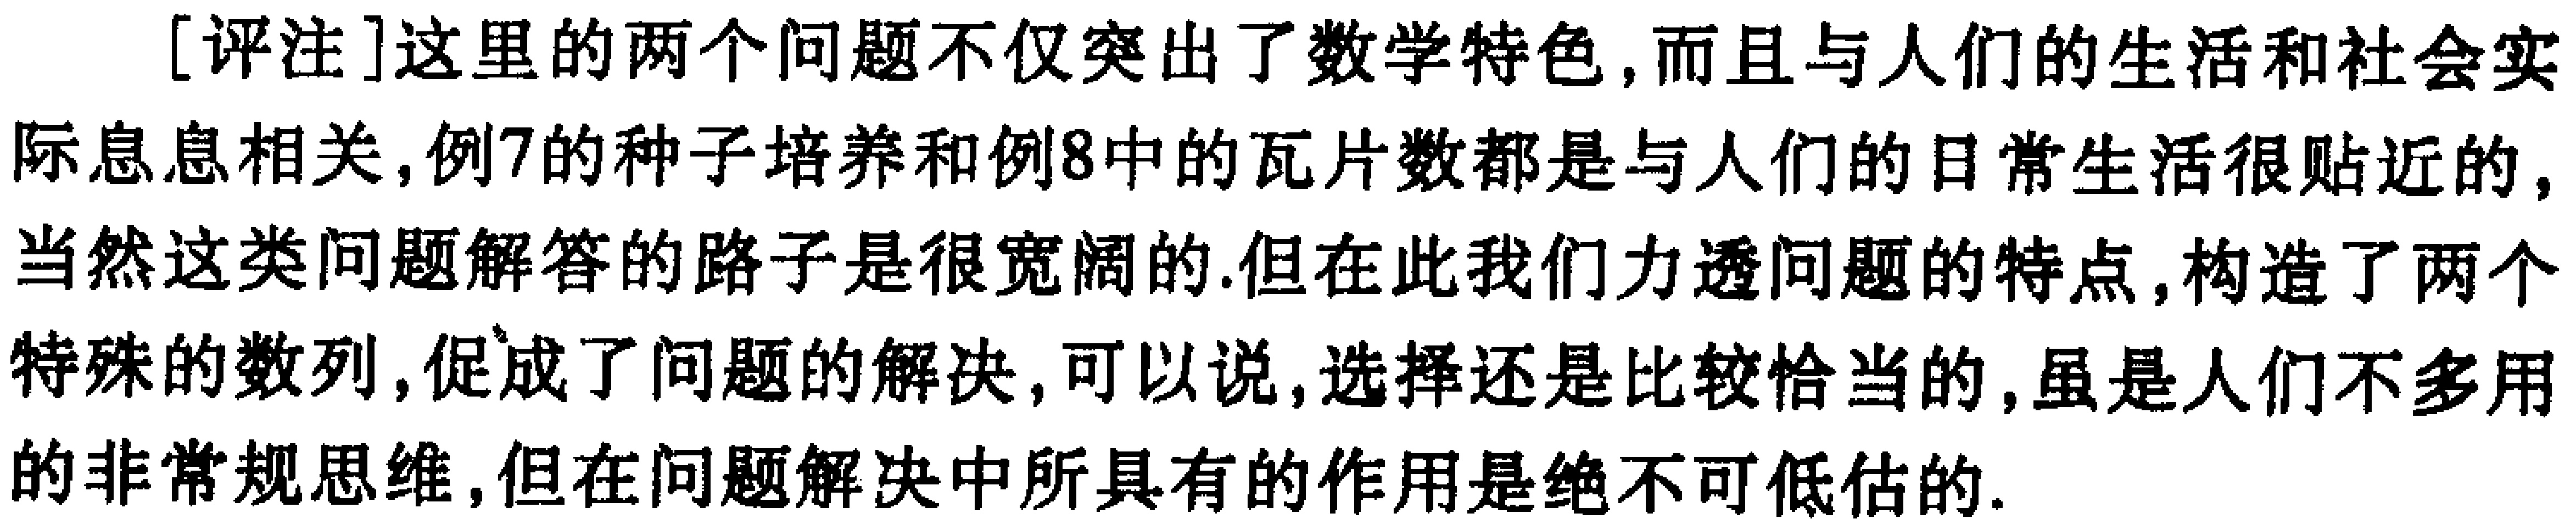
[评注]这里的两个问题不仅突出了数学特色,而且与人们的生活和社会实际息息相关,例7的种子培养和例8中的瓦片数都是与人们的日常生活很贴近的,当然这类问题解答的路子是很宽阔的.但在此我们力透问题的特点,构造了两个特殊的数列,促成了问题的解决,可以说,选择还是比较恰当的,虽是人们不多用的非常规思维,但在问题解决中所具有的作用是绝不可低估的.